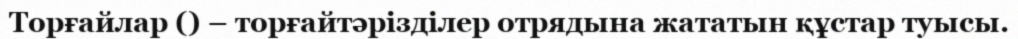
Торғайлар () – торғайтәрізділер отрядына жататын құстар туысы.